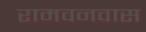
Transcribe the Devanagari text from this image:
रामवनवास